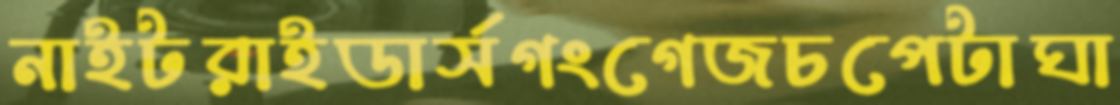
নাইটরাইডার্সগংগেজচপেটাঘা